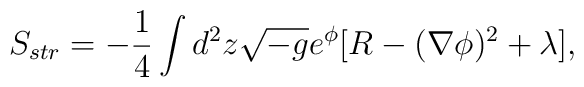
S_{str}=-{1 \over4}\int\limits_{}^{}d^{2}z \sqrt{-g} e^{\phi}[R-(\nabla \phi)^{2} +\lambda] ,